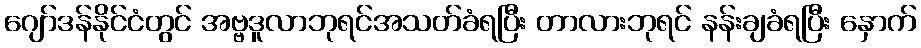
ဂျော်ဒန်နိုင်ငံတွင် အဗ္ဗဒူလာဘုရင်အသတ်ခံရပြီး တာလားဘုရင် နန်းချခံရပြီး နှောက်